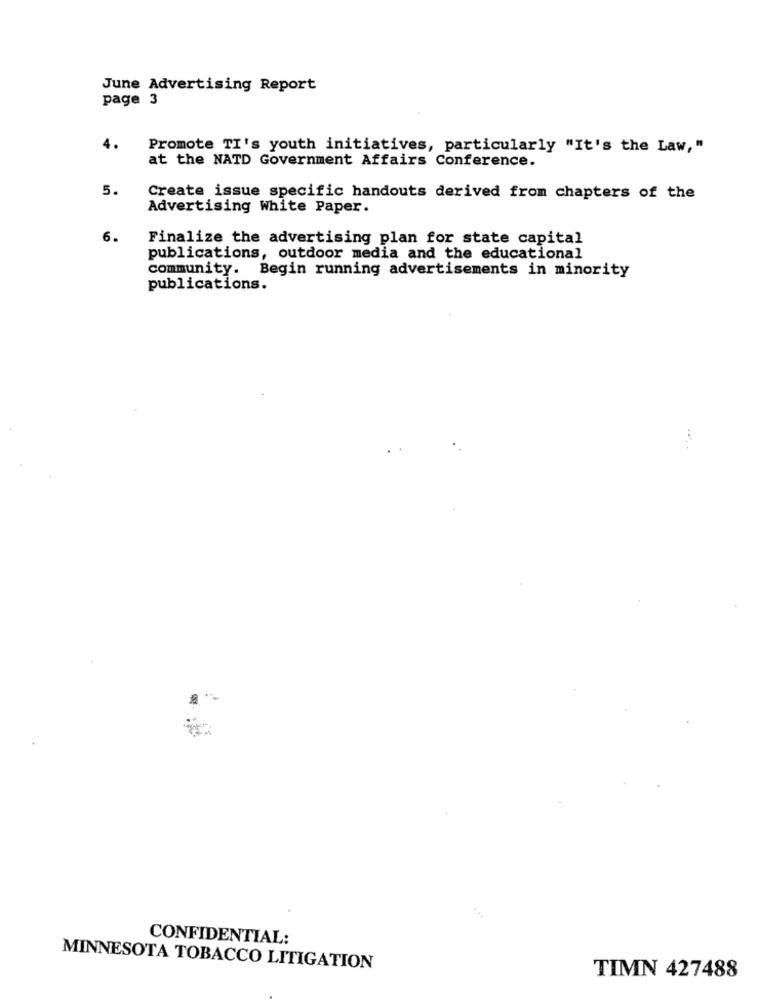
June Advertising Report
page 3
4.
Promote TI's youth initiatives, particularly "It's the Law,"
at the NATD Government Affairs Conference.
5.
Create issue specific handouts derived from chapters of the
Advertising White Paper.
6.
Finalize the advertising plan for state capital
publications, outdoor media and the educational
community. Begin running advertisements in minority
publications.
CONFIDENTIAL:
MINNESOTA TOBACCO LITIGATION
TIMN 427488